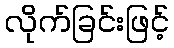
လိုက်ခြင်းဖြင့်